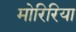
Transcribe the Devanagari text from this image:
मोरिरिया